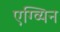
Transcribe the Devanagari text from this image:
एग्व्यिन